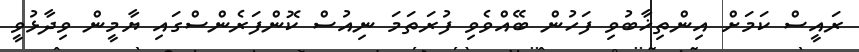
ރައީސް ކަމަށް އިންތިޚާބުވި ފަހުން ބޭއްވެވި ފުރަތަމަ ނިއުސް ކޮންފަރެންސްގައި ޔާމީން ވިދާޅުވީ